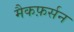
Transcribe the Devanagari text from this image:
मैकफ़र्सन